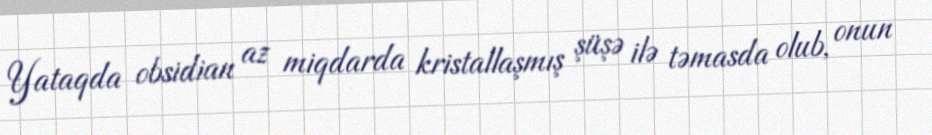
Yataqda obsidian az miqdarda kristallaşmış şüşə ilə təmasda olub, onun